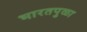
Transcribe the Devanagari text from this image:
भारतपुळा